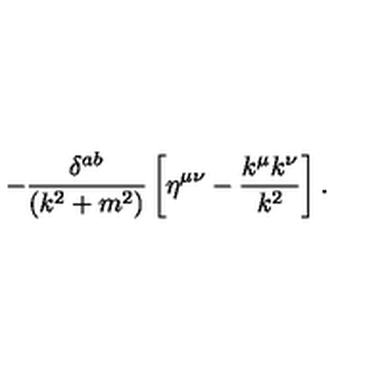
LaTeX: - \frac { \delta ^ { a b } } { ( k ^ { 2 } + m ^ { 2 } ) } \left[ \eta ^ { \mu \nu } - \frac { k ^ { \mu } k ^ { \nu } } { k ^ { 2 } } \right] .